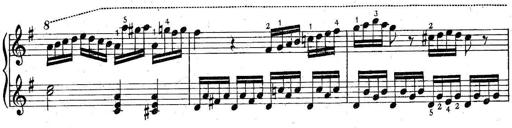
Title: 6 Easy Sonatinas
Composer: Carl Czerny